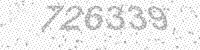
Solution: 726339